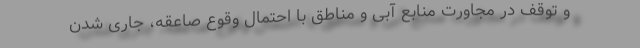
و توقف در مجاورت منابع آبی و مناطق با احتمال وقوع صاعقه، جاری شدن